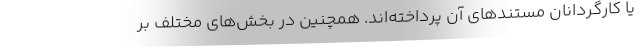
یا کارگردانان مستندهای آن پرداخته‌اند. همچنین در بخش‌های مختلف بر